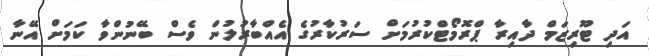
އަދި ޓޫރިޒަމް ދާއިރާ ޕްރޮމޯޓްކުރުމަށް ސަރުކާރުގެ އެއްބާރުލުން ވެސް ބޭނުންވާ ކަމަށް އޭނާ